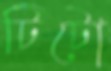
টিটো